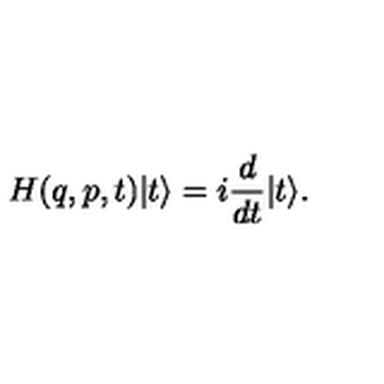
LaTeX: H ( q , p , t ) | t \rangle = i \frac { d } { d t } | t \rangle .